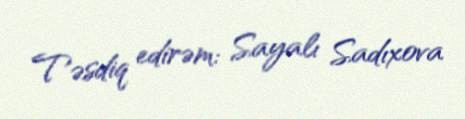
Təsdiq edirəm: Sayalı Sadıxova